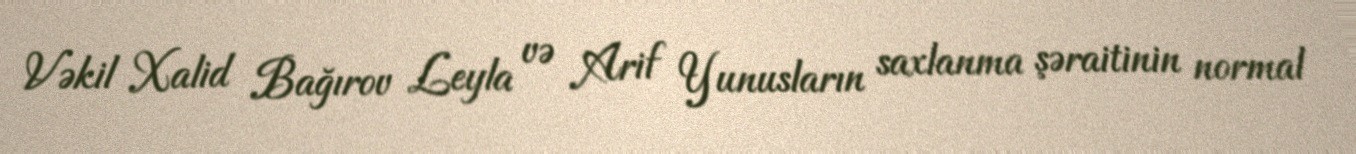
Vəkil Xalid Bağırov Leyla və Arif Yunusların saxlanma şəraitinin normal